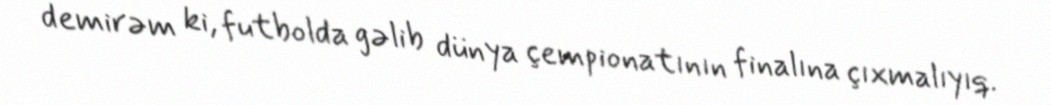
demirəm ki, futbolda gəlib dünya çempionatının finalına çıxmalıyıq.